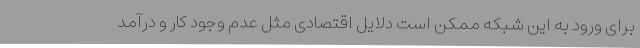
برای ورود به این شبکه ممکن است دلایل اقتصادی مثل عدم وجود کار و درآمد